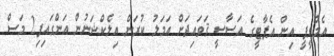
އެމްޑީޕީ އިން އެޕާޓީގެ އަސާސީ ޤަވައިދަށް އަމަލު ކުރަން އިލެކްޝަނުން އަންގައިފި2 މަސް